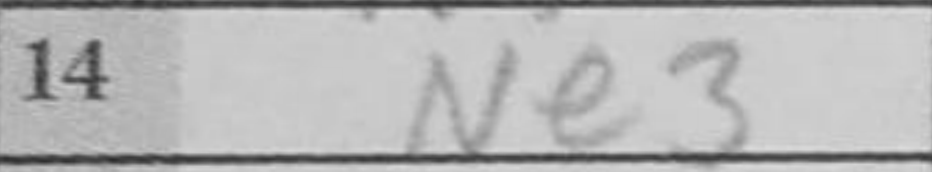
Transcription: Ne3